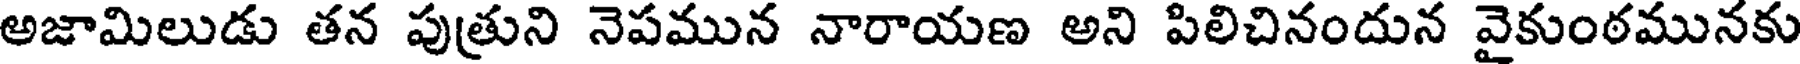
అజామిలుడు తన పుత్రుని నెపమున నారాయణ అని పిలిచినందున వైకుంఠమునకు